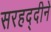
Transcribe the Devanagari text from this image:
सरहद्दीने